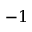
- 1